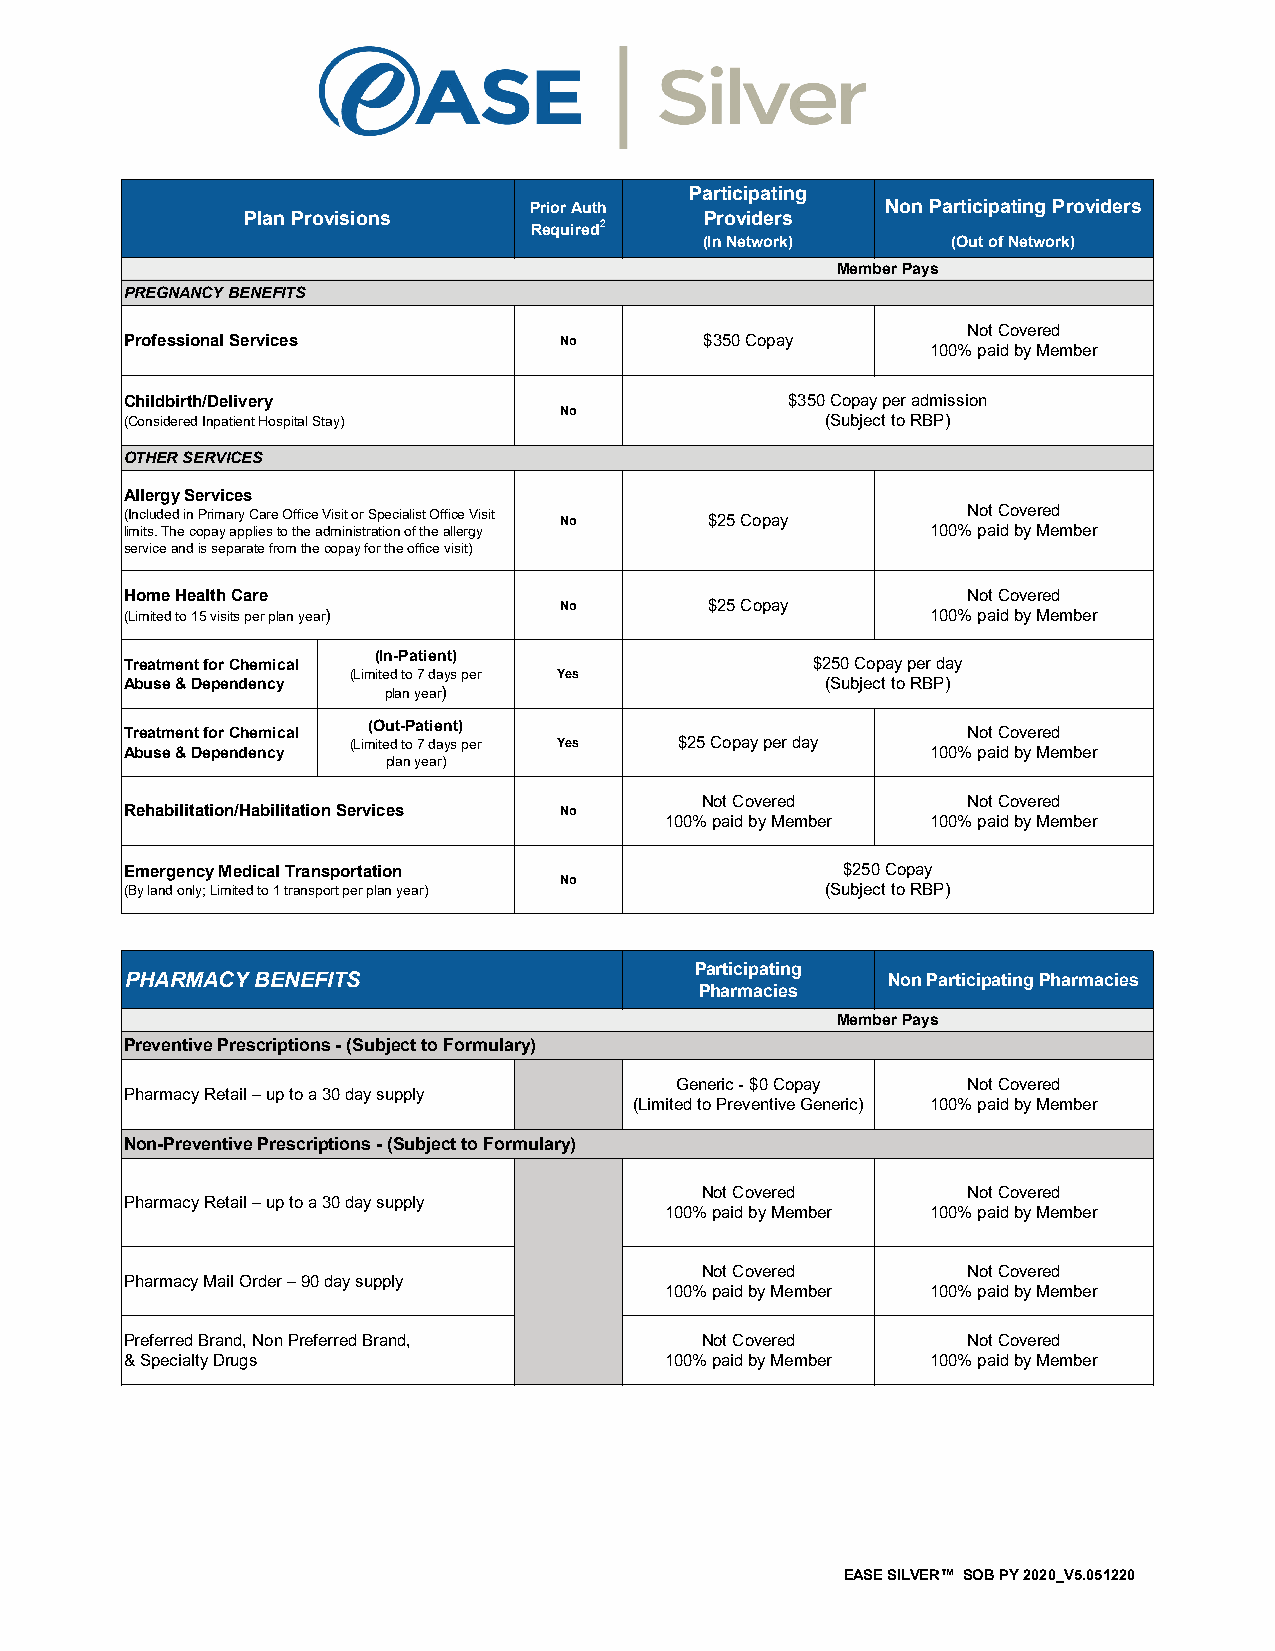
Participating
 Prior Auth              Non Participating Providers
 Plan Provisions                Providers
 Required2
 (In Network)    (Out of Network)
 Member Pays
 PREGNANCY BENEFITS
 Not Covered
 Professional Services        No        $350 Copay
 100% paid by Member
 Childbirth/Delivery                         $350 Copay per admission
 No
 (Considered Inpatient Hospital Stay)           (Subject to RBP)
 OTHER SERVICES
 Allergy Services
 (Included in Primary Care Office Visit or Specialist Office Visit No $25 Copay Not Covered
 limits. The copay applies to the administration of the allergy 100% paid by Member
 service and is separate from the copay for the office visit)
 Home Health Care                                        Not Covered
 No        $25 Copay
 (Limited to 15 visits per plan year)                  100% paid by Member
 (In-Patient)
 Treatment for Chemical                        $250 Copay per day
 (Limited to 7 days per Yes
 Abuse & Dependency                             (Subject to RBP)
 plan year)
 Treatment for Chemical (Out-Patient)                    Not Covered
 (Limited to 7 days per Yes $25 Copay per day
 Abuse & Dependency                                    100% paid by Member
 plan year)
 Not Covered       Not Covered
 Rehabilitation/Habilitation Services No
 100% paid by Member 100% paid by Member
 Emergency Medical Transportation                $250 Copay
 No
 (By land only; Limited to 1 transport per plan year) (Subject to RBP)
 Participating
 PHARMACY BENEFITS                                  Non Participating Pharmacies
 Pharmacies
 Member Pays
 Preventive Prescriptions - (Subject to Formulary)
 Generic - $0 Copay Not Covered
 Pharmacy Retail – up to a 30 day supply
 (Limited to Preventive Generic) 100% paid by Member
 Non-Preventive Prescriptions - (Subject to Formulary)
 Not Covered       Not Covered
 Pharmacy Retail – up to a 30 day supply
 100% paid by Member 100% paid by Member
 Not Covered       Not Covered
 Pharmacy Mail Order – 90 day supply
 100% paid by Member 100% paid by Member
 Preferred Brand, Non Preferred Brand, Not Covered       Not Covered
 & Specialty Drugs                   100% paid by Member 100% paid by Member
 EASE SILVER™ SOB PY 2020_V5.051220